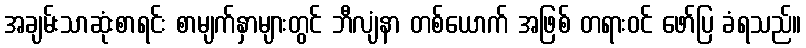
အချမ်းသာဆုံးစာရင်း စာမျက်နှာများတွင် ဘီလျံနာ တစ်ယောက် အဖြစ် တရားဝင် ဖော်ပြ ခံရသည်။